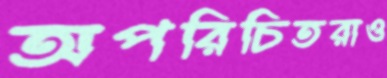
অপরিচিতরাও